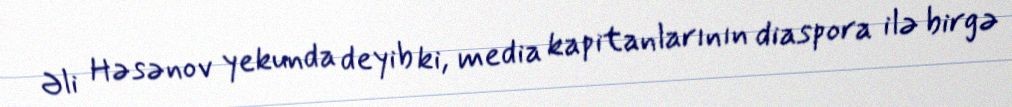
Əli Həsənov yekunda deyib ki, media kapitanlarının diaspora ilə birgə